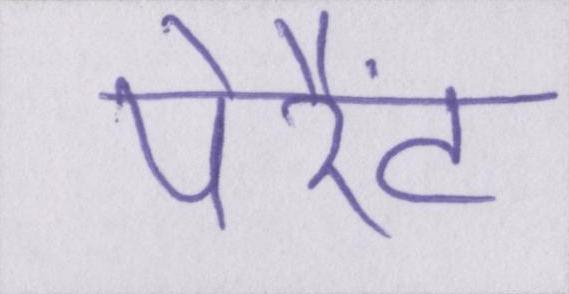
पेरैंट